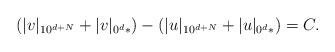
\begin{align*}(|v|_{10^{d+N}} + |v|_{0^d*}) - (|u|_{10^{d+N}} + |u|_{0^d*}) = C.\end{align*}